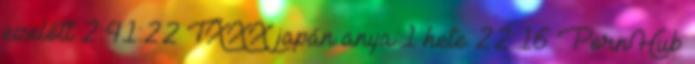
ezelőtt 2:41:22 TXXX japán anya 1 hete 22:16 PornHub